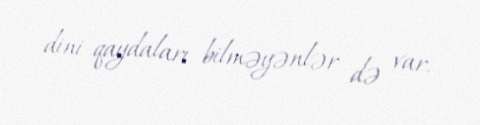
dini qaydaları bilməyənlər də var.